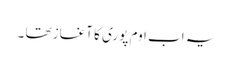
یہ اب اوم پوری کا آغاز تھا ۔